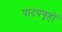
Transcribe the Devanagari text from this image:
पादपगृहों